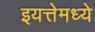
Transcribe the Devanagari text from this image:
इयत्तेमध्ये